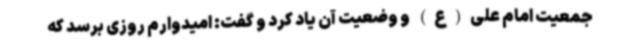
جمعیت امام علی(ع) و وضعیت آن یاد کرد و گفت: امیدوارم روزی برسد که